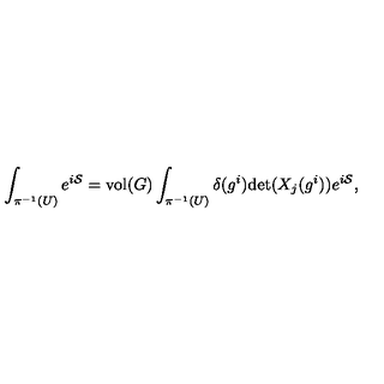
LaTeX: \int _ { \pi ^ { - 1 } ( U ) } e ^ { i { \cal S } } = \mathrm { v o l } ( G ) \int _ { \pi ^ { - 1 } ( U ) } \delta ( g ^ { i } ) \mathrm { d e t } ( X _ { j } ( g ^ { i } ) ) e ^ { i { \cal S } } ,